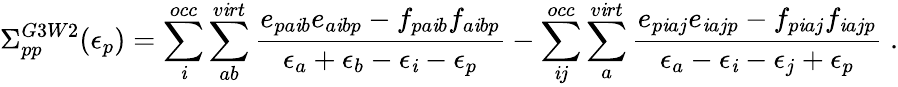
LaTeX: \Sigma_{pp}^{G3W2}(\epsilon_{p})=\sum_{\mathit{i}}^{occ}\sum_{ab}^{v\mathit{i}rt}\frac{{e_{pa\mathit{i}b}e_{a\mathit{i}bp}-f_{pa\mathit{i}b}f_{a\mathit{i}bp}}}{{\epsilon_{a}+\epsilon_{b}-\epsilon_{\mathit{i}}-\epsilon_{p}}}-\sum_{\mathit{i}j}^{occ}\sum_{a}^{v\mathit{i}rt}\frac{{e_{p\mathit{i}aj}e_{\mathit{i}ajp}-f_{p\mathit{i}aj}f_{\mathit{i}ajp}}}{{\epsilon_{a}-\epsilon_{\mathit{i}}-\epsilon_{j}+\epsilon_{p}}}\; .